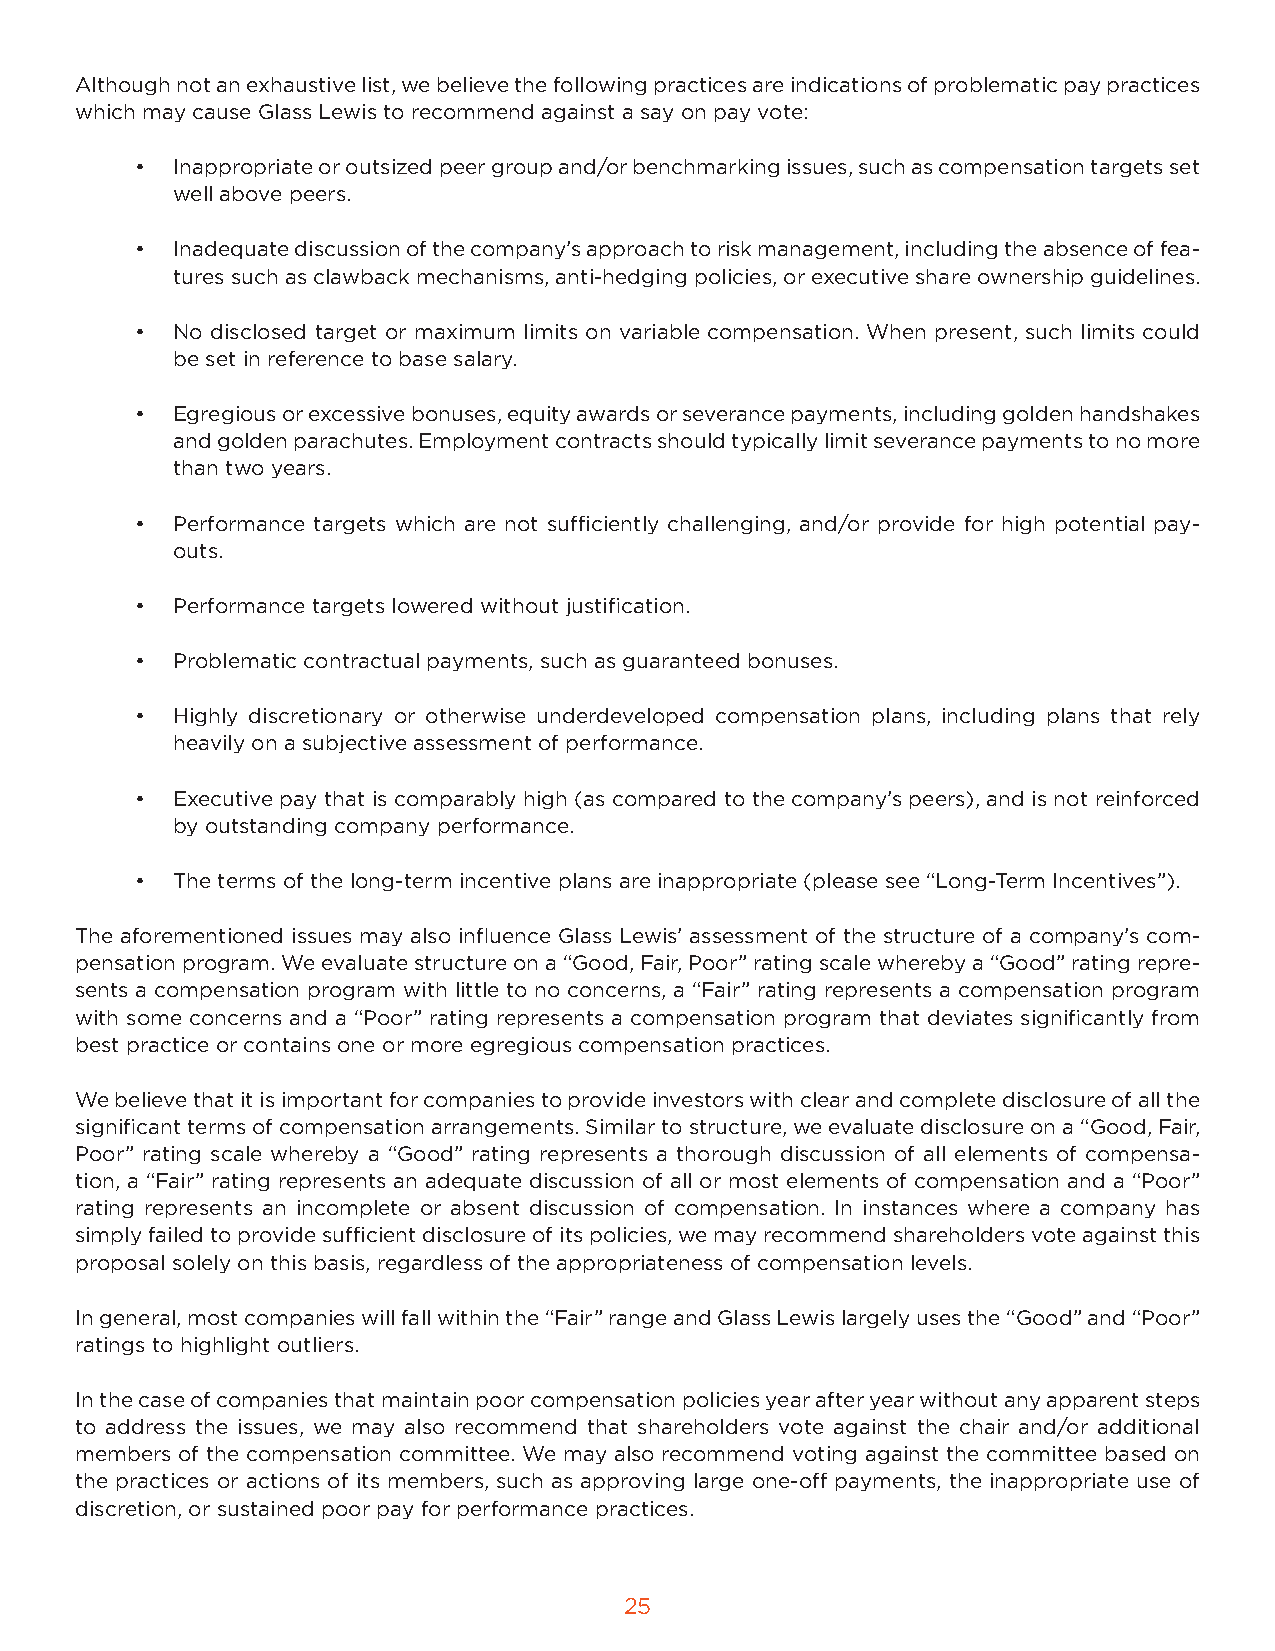
Although not an exhaustive list, we believe the following practices are indications of problematic pay practices
 which may cause Glass Lewis to recommend against a say on pay vote:
 • Inappropriate or outsized peer group and/or benchmarking issues, such as compensation targets set
 well above peers.
 • Inadequate discussion of the company’s approach to risk management, including the absence of fea-
 tures such as clawback mechanisms, anti-hedging policies, or executive share ownership guidelines.
 • No disclosed target or maximum limits on variable compensation. When present, such limits could
 be set in reference to base salary.
 • Egregious or excessive bonuses, equity awards or severance payments, including golden handshakes
 and golden parachutes. Employment contracts should typically limit severance payments to no more
 than two years.
 • Performance targets which are not sufficiently challenging, and/or provide for high potential pay-
 outs.
 • Performance targets lowered without justification.
 • Problematic contractual payments, such as guaranteed bonuses.
 • Highly discretionary or otherwise underdeveloped compensation plans, including plans that rely
 heavily on a subjective assessment of performance.
 • Executive pay that is comparably high (as compared to the company’s peers), and is not reinforced
 by outstanding company performance.
 • The terms of the long-term incentive plans are inappropriate (please see “Long-Term Incentives”).
 The aforementioned issues may also influence Glass Lewis’ assessment of the structure of a company’s com-
 pensation program. We evaluate structure on a “Good, Fair, Poor” rating scale whereby a “Good” rating repre-
 sents a compensation program with little to no concerns, a “Fair” rating represents a compensation program
 with some concerns and a “Poor” rating represents a compensation program that deviates significantly from
 best practice or contains one or more egregious compensation practices.
 We believe that it is important for companies to provide investors with clear and complete disclosure of all the
 significant terms of compensation arrangements. Similar to structure, we evaluate disclosure on a “Good, Fair,
 Poor” rating scale whereby a “Good” rating represents a thorough discussion of all elements of compensa-
 tion, a “Fair” rating represents an adequate discussion of all or most elements of compensation and a “Poor”
 rating represents an incomplete or absent discussion of compensation. In instances where a company has
 simply failed to provide sufficient disclosure of its policies, we may recommend shareholders vote against this
 proposal solely on this basis, regardless of the appropriateness of compensation levels.
 In general, most companies will fall within the “Fair” range and Glass Lewis largely uses the “Good” and “Poor”
 ratings to highlight outliers.
 In the case of companies that maintain poor compensation policies year after year without any apparent steps
 to address the issues, we may also recommend that shareholders vote against the chair and/or additional
 members of the compensation committee. We may also recommend voting against the committee based on
 the practices or actions of its members, such as approving large one-off payments, the inappropriate use of
 discretion, or sustained poor pay for performance practices.
 25